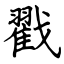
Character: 戳